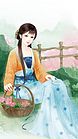
天怜客子乡关远。借与花消遣。